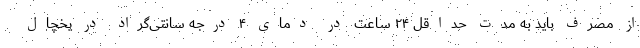
از مصرف باید به مدت حداقل ۲۴ ساعت در دمای ۴ درجه سانتی‌گراد در یخچال